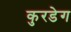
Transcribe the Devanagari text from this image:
कुरडेग